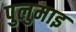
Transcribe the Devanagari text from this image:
पुलुमाइ